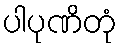
ပါပုဏိတုံ